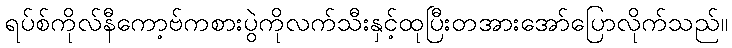
ရပ်စ်ကိုလ်နီကော့ဗ်ကစားပွဲကိုလက်သီးနှင့်ထုပြီးတအားအော်ပြောလိုက်သည်။